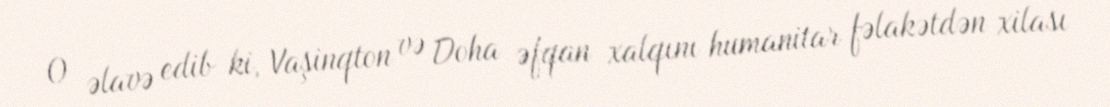
O əlavə edib ki, Vaşinqton və Doha əfqan xalqını humanitar fəlakətdən xilası